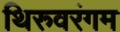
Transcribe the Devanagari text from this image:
थिरुवरंगम